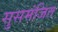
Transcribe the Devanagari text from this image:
सुसमंजित